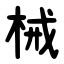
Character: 械